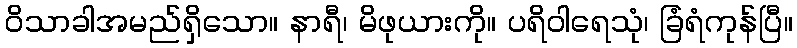
ဝိသာခါအမည်ရှိသော။ နာရီ၊ မိဖုယားကို။ ပရိဝါရေသုံ၊ ခြံရံကုန်ပြီ။